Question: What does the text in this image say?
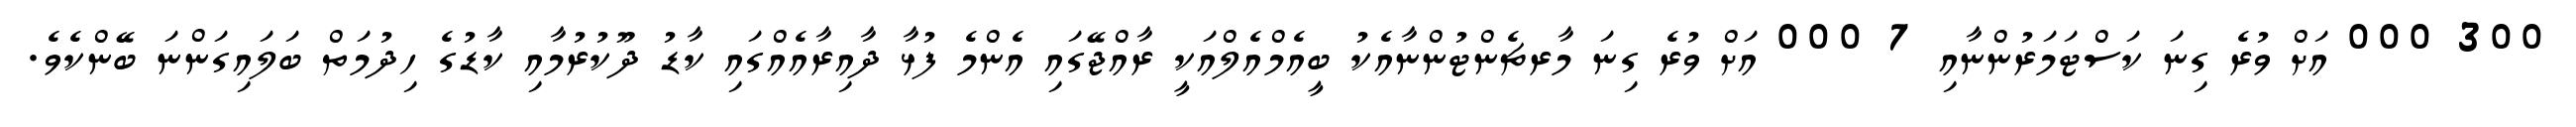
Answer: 300 000 އަށް ވުރެ ގިނަ ކަސްޓަމަރުންނާއި 7 000 އަށް ވުރެ ގިނަ މާރޗެންޓުންނާއެކު ބީއެމްއެލްއަކީ ރާއްޖޭގައި އެންމެ ފުޅާ ދާއިރާއެއްގައި ކާޑު ދޫކުރުމާއި ކާޑުގެ ހިދުމަތް ބަލައިގަންނަ ބޭންކެވެ.